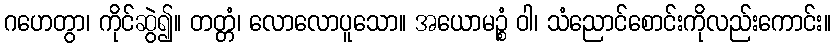
ဂဟေတွာ၊ ကိုင်ဆွဲ၍။ တတ္တံ၊ လောလောပူသော။ အယောမဉ္စံ ဝါ၊ သံညောင်စောင်းကိုလည်းကောင်း။